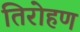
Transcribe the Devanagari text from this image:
तिरोहण